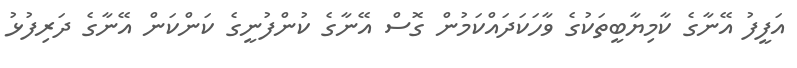
އަފީފު އޭނާގެ ކާމިޔާބީތަކުގެ ވާހަކަދައްކަމުން ގޮސް އޭނާގެ ކުންފުނީގެ ކަންކަން އޭނާގެ ދަރިފުޅު